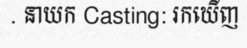
. នាយក Casting: រកឃើញ